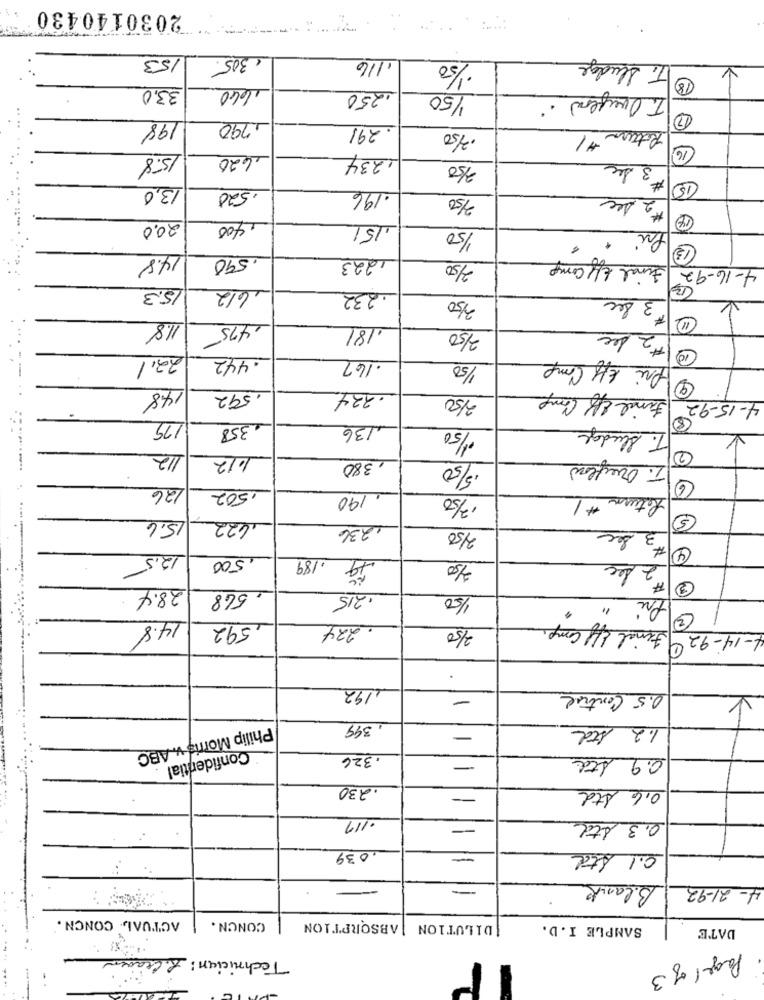
2030140430
153
€305.
1/16
T. Sludge
·1/50
18
33,0
1660
.250
1/50
T. Overflow .
17
198
1.790
. 291
.2/50
Return #1
16
......
15.8
.620
1234
350
Sec
3
#
13,0
15
.520
.196
3/50
sec
#2
20.0
1400
,151
1/50
Pri
Final Eff Comp
14.8
1590
1223
2/50
4-16-92
15.3
16/2
232
3 sec
350
11.8
.181
# 2 dec
475
2/50
Pri Eff Comp
10
23.1
. 442
.167
1/50
--
9
14.8
. 592
. 224
2/50
Final Eff Comp
4-15-92
175
.358
.136
1/50
T. Sludge
112
1.12
. Onunflow
2
,380
5/50
126
,502
.190
12/50
Return # 1
15.6
,622
Sec
1236
2/50
# 3
4
12.5
,500
2/50
# 2 dec
3
28.4
568
.215
1/50
Pri "
Final Eff Comp.
3
14.8
, 592
. 224
2/50
9
4-14-92
,192
-
0.5 Control
349
1.2 Std
-
Philip Morris v. ABC
.326
0.9 Ata
Confidential
-
.230
0.6 Std
--
0117
0.3 Std
.039
-
0.1 Std
-
-
Blank
4- 21-92
ACTUAL. CONCN.
CONCN.
|DILUTION | ABSORPTION
SAMPLE I.D.
DATE
Technician: S. Craven
Page 1 of 3